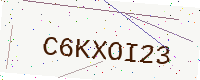
Text: C6KXOI23